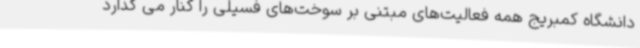
دانشگاه کمبریج همه فعالیت‌های مبتنی بر سوخت‌های فسیلی را کنار می گذارد